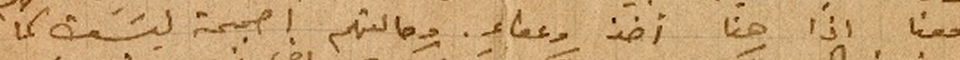
معنا اذاً هذا أخذ وعطاء. وحالتهم اصبحت ليسَت كما